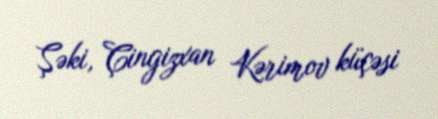
Şəki, Çingizxan Kərimov küçəsi